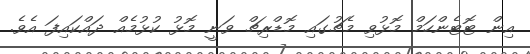
އިން ޓޮޓެންހަމް މޮޅުވި މެޗުގައި މޮޑްރިޗް ވަނީ މޮޅު ކުޅުމެއް ދައްކައިފަ އެވެ.